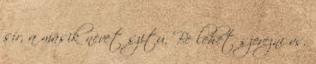
sír, a másik nevet szitu. Be lehet szerezni vs.